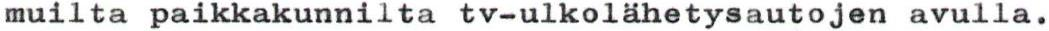
muilta paikkakunnilta tv-ulkolähetysautojen avulla.